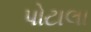
પોટાલા